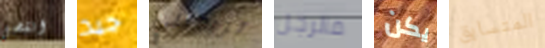
انقضى جيد تريدنني فالرجل يكن المتسابق